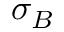
\sigma _ { B }